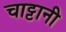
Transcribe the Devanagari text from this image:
चाट्टानी